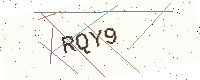
Text: RQY9